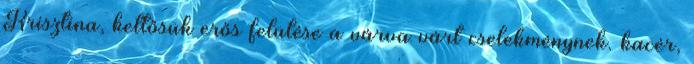
Krisztina, kettősük erős felütése a várva várt cselekménynek. kacér,